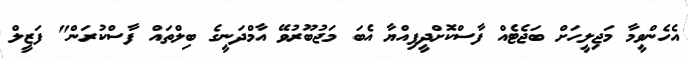
އެހެންވީމާ މަޖިލީހަށް ބަޖެޓެއް ފާސްކޮށްދީފިއްޔާ އެބަ މަޖުބޫރުވޭ އާމްދަނީގެ ބިލްތައް ފާސްކުރަން" ފަޒީލް